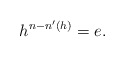
\begin{align*} h^{n-n'(h)}=e. \end{align*}